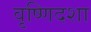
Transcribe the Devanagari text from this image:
वृष्णिदशा